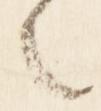
之